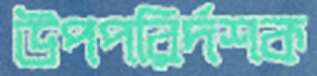
উপপরির্দশক